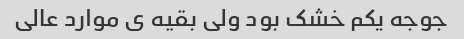
جوجه یکم خشک بود ولى بقیه ى موارد عالى